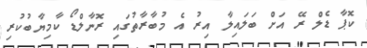
ކޮޕާ ޑެލް ރޭ އަށް ބަލައިލާ އިރު އެ މުބާރާތުގައި ރޮނާލްޑޯ ކާމިޔާބުކުރި